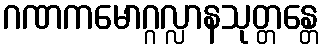
ဂဏကမောဂ္ဂလ္လာနသုတ္တန္တေ